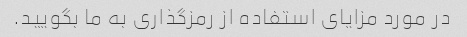
در مورد مزایای استفاده از رمزگذاری به ما بگویید.